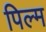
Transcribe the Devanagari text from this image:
पिल्म